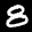
Label: 8